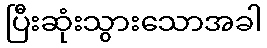
ပြီးဆုံးသွားသောအခါ